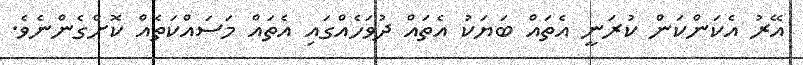
އޭރު އެކަންކަން ކުރަނީ އެތައް ބަޔަކު އެތައް ދުވަހެއްގައި އެތައް މަސައްކަތެއް ކޮށްގެންނެވެ.